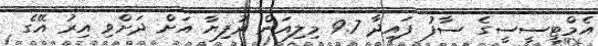
އެމްޓީސީސީގެ ސާފު ފައިދާ 9.7 މިލިއަން ރުފިޔާ އަށް ދަށްވި އިރު އޭގެ